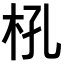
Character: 𣏺